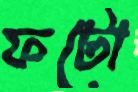
ফটো